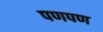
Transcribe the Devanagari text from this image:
पणपण